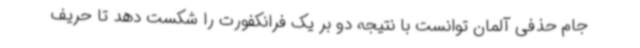
جام حذفی آلمان توانست با نتیجه دو بر یک فرانکفورت را شکست دهد تا حریف